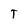
Character: T